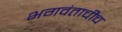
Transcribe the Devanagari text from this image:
भगवंताचीच